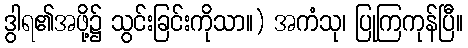
ဒွါရ၏အဖို့၌ သွင်းခြင်းကိုသာ။) အကံသု၊ ပြုကြကုန်ပြီ။